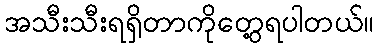
အသီးသီးရရှိတာကိုတွေ့ရပါတယ်။